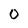
Character: 0